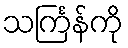
သင်္ကြန်ကို